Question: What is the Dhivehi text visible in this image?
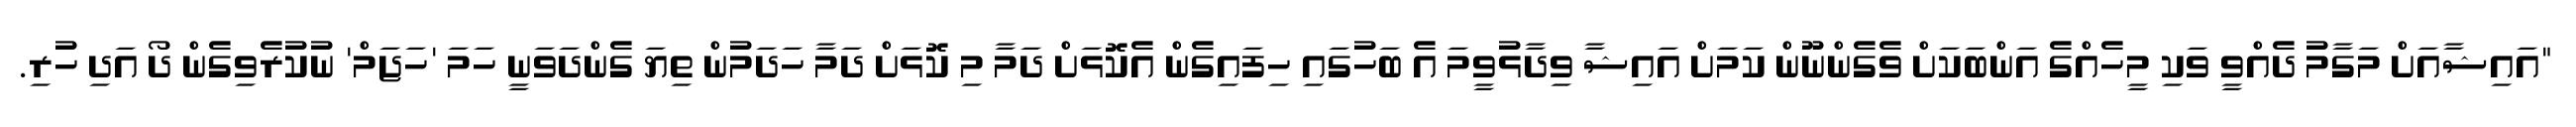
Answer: "އައިޝާއަށް މަގާމު ދެއްވީ ވަކި މީހެއްގެ އަންބަކަށް ވެގެންނޫން ކަމަށް އައިޝާ ވިދާޅުވީމަ އެ ބަހުގައި ހިފައިގެން އެކޮޅަށް ދަމާ މި ކޮޅަށް ދަމާ ހަދަމުން ތިޔަ ގެންދަވަނީ ހަމަ 'ހަޖަމް' ނުކުރެވިގެން ދޯ އަދި ހުރި.